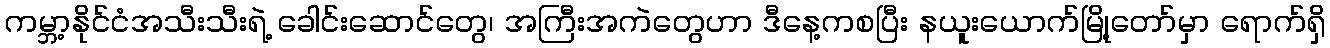
ကမ္ဘာ့နိုင်ငံအသီးသီးရဲ့ ခေါင်းဆောင်တွေ၊ အကြီးအကဲတွေဟာ ဒီနေ့ကစပြီး နယူးယောက်မြို့တော်မှာ ရောက်ရှိ